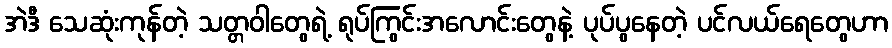
အဲဒီ သေဆုံးကုန်တဲ့ သတ္တဝါတွေရဲ့ ရုပ်ကြွင်းအလောင်းတွေနဲ့ ပုပ်ပွနေတဲ့ ပင်လယ်ရေတွေဟာ